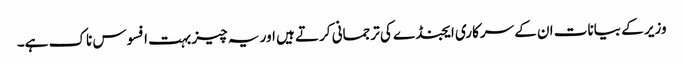
وزیر کے بیانات ان کے سرکاری ایجنڈے کی ترجمانی کرتے ہیں اور یہ چیز بہت افسوس ناک ہے۔